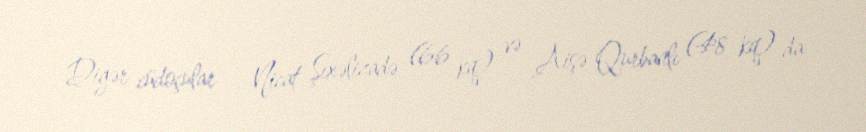
Digər cüdoçular – Nicat Şıxəlizadə (66 kq) və Aişə Qurbanlı (48 kq) da